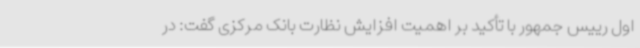
اول رییس جمهور با تأکید بر اهمیت افزایش نظارت بانک مرکزی گفت: در